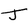
Character: J